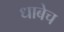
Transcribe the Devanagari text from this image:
धाबेच